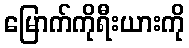
မြောက်ကိုရီးယားကို